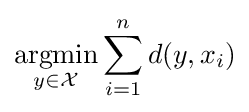
{\underset {y\in {\mathcal {X}}}{\operatorname {argmin} }}\sum _{i=1}^{n}d(y,x_{i})